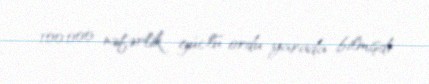
100.000 nəfərlik güclü ordu yarada bilmişdi.